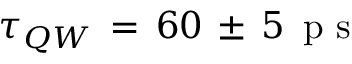
\tau _ { Q W } \, = \, 6 0 \, \pm \, 5 \, \mathrm { ~ p ~ s ~ }